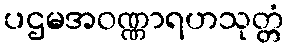
ပဌမအဝဏ္ဏာရဟသုတ္တံ